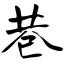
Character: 巷